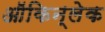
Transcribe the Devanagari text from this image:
ऑकिन्लेक